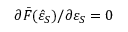
\partial \bar { F } ( \hat { \varepsilon } _ { S } ) / \partial \varepsilon _ { S } = 0